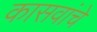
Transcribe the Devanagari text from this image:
कासवांचे